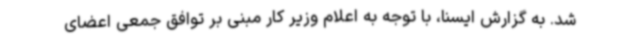
شد. به گزارش ایسنا، با توجه به اعلام وزیر کار مبنی بر توافق جمعی اعضای